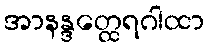
အာနန္ဒတ္ထေရဂါထာ